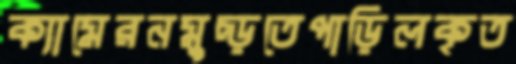
ক্যামেরনমুচ্‌ড়তেপাড়িলকৃত